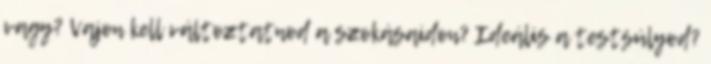
vagy? Vajon kell változtatnod a szokásaidon? Ideális a testsúlyod?